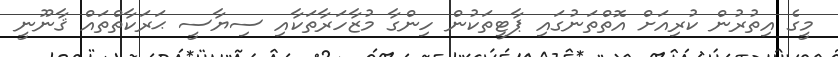
މީގެ އިތުރުން ކުރިއަށް އޮތްތަނުގައި ޕާޓީތަކުން ހިންގާ މުޒާހަރާތަކާއި ސިޔާސީ ޙަރަކާތްތައް ޤާނޫނީ